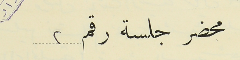
محضر جلسة رقم 2